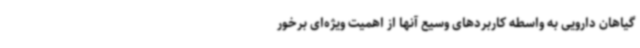
گیاهان دارویی به واسطه کاربردهای وسیع آنها از اهمیت ویژه‌ای برخور